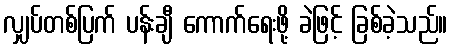
လျှပ်တစ်ပြက် ပန်းချီ ကောက်ရေးဖို့ ခဲဖြင့် ခြစ်ခဲ့သည်။